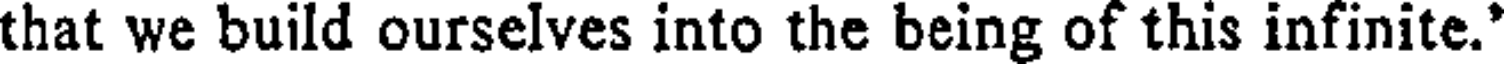
that we build ourselves into the being of this infinite.'